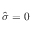
\hat { \sigma } = 0